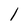
Character: l